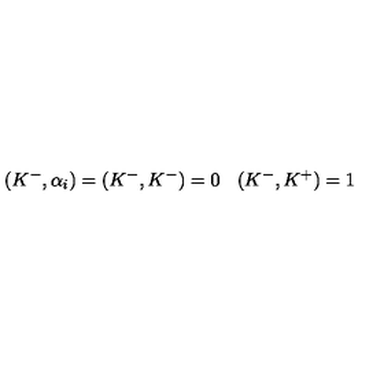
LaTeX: ( K ^ { - } , \alpha _ { i } ) = ( K ^ { - } , K ^ { - } ) = 0 \: \: \: \: ( K ^ { - } , K ^ { + } ) = 1